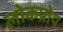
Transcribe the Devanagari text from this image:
लोकप्रोय